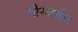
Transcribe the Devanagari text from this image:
गौरवर्णात